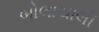
બોલાચાલી